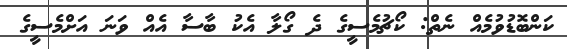
ކަންބޮޑުވުމެއް ނެތް: ކޯޗުމެސީގެ ދެ ގޯލާ އެކު ބާސާ އެއް ވަނަ އަށްމެސީގެ